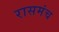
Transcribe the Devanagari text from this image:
रासमंच